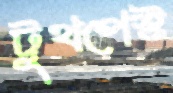
টুথপেস্ট